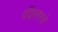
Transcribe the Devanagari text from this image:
पॉइसनचे